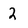
Character: 2